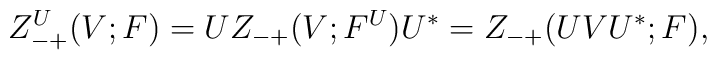
Z_{-+}^U(V;F) = UZ_{-+}(V;F^U)U^* =Z_{-+}(UVU^*;F),